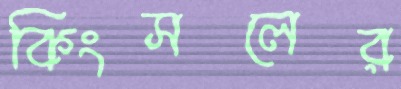
কিংসলের